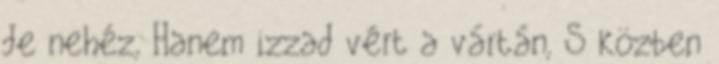
de nehéz, Hanem izzad vért a vártán, S közben